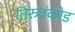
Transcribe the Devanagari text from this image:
तिरुवंकोड